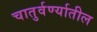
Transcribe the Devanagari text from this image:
चातुर्वर्ण्यातील